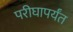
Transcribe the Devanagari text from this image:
परीघापर्यंत